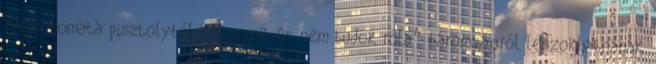
“félautomata pisztolyból kifogyok és nem tudok róla” baromságról leszokhatnának